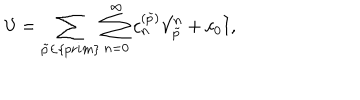
{ \cal V } = \sum _ { \tilde { p } \in \{ p r i m \} } \sum _ { n = 0 } ^ { \infty } c _ { n } ^ { ( \tilde { p } ) } { \cal V } _ { \tilde { p } } ^ { n } + c _ { 0 } { { \bf I } } ,